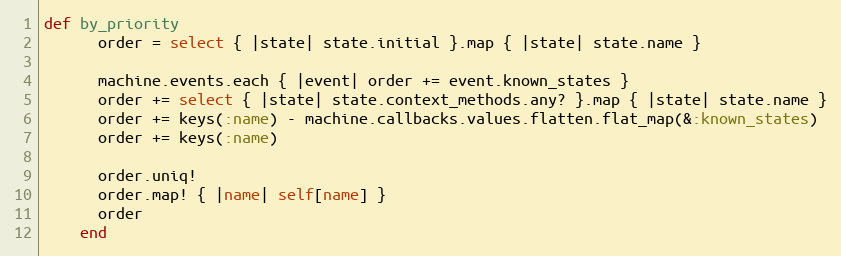
Language: Ruby
def by_priority
      order = select { |state| state.initial }.map { |state| state.name }

      machine.events.each { |event| order += event.known_states }
      order += select { |state| state.context_methods.any? }.map { |state| state.name }
      order += keys(:name) - machine.callbacks.values.flatten.flat_map(&:known_states)
      order += keys(:name)

      order.uniq!
      order.map! { |name| self[name] }
      order
    end